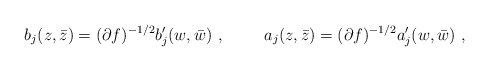
\begin{align*}b_j(z,\bar{z})=(\partial f)^{-1/2}b'_j(w,\bar{w})~,\hskip 1cm a_j(z,\bar{z})=(\partial f)^{-1/2}a'_j(w,\bar{w})~,\end{align*}